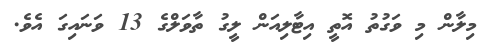
މިލާން މި ވަގުތު އޮތީ އިޓާލިއަން ލީގު ތާވަލްގެ 13 ވަނައިގަ އެވެ.